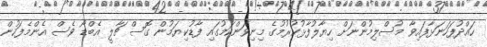
ހައްދުފަހަނަޅާފައިވާ މުސްލިމުންނަށް ހިޔާލުފާޅުކުރުމުގެ މިނިވަންކަމުގައި ފާޑުކިޔަމުން ގޮސް ޗާލީ އެބްޑޯ ވެސް އެންމެފަހުން